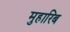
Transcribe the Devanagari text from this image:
मुहारिब